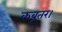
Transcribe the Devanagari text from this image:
कबूतर।